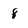
Character: 8